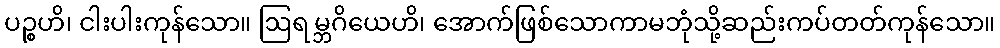
ပဉ္စဟိ၊ ငါးပါးကုန်သော။ ဩရမ္ဘဂိယေဟိ၊ အောက်ဖြစ်သောကာမဘုံသို့ဆည်းကပ်တတ်ကုန်သော။